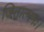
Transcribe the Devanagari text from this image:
जितात्मनः।